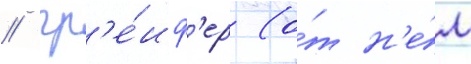
/ гр'е́иф'ер (о́т н'е́м